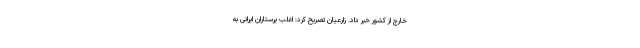
خارج از کشور خبر داد. زارعیان تصریح کرد: اغلب پرستاران ایرانی به